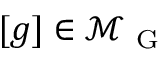
[ g ] \in \mathcal { M } _ { \mathrm { ~ G ~ } }